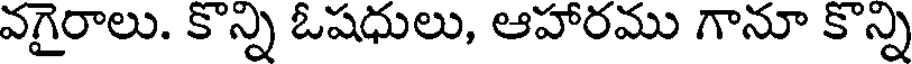
వగైరాలు. కొన్ని ఓషధులు, ఆహారము గానూ కొన్ని